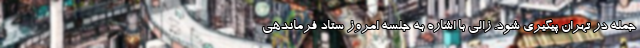
جمله در تهران پیگیری شود. زالی با اشاره به جلسه امروز ستاد فرماندهی